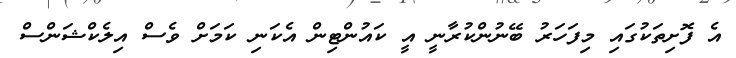
އެ ފޮށިތަކުގައި މިފަހަރު ބޭނުންކުރާނީ އީ ކައުންޓިން އެކަނި ކަމަށް ވެސް އިލެކްޝަންސް